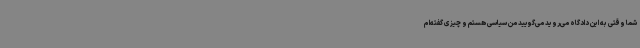
شما وقتی به این دادگاه می‌روید می‌گویید من سیاسی هستم و چیزی گفته‌ام